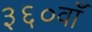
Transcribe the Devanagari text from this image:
३६०वाँ